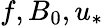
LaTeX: f,B_{0},u_{*}